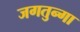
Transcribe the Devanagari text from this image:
जगतुन्गा